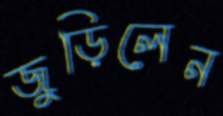
জুড়িলেন